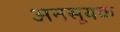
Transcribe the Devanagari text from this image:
अनसूयक